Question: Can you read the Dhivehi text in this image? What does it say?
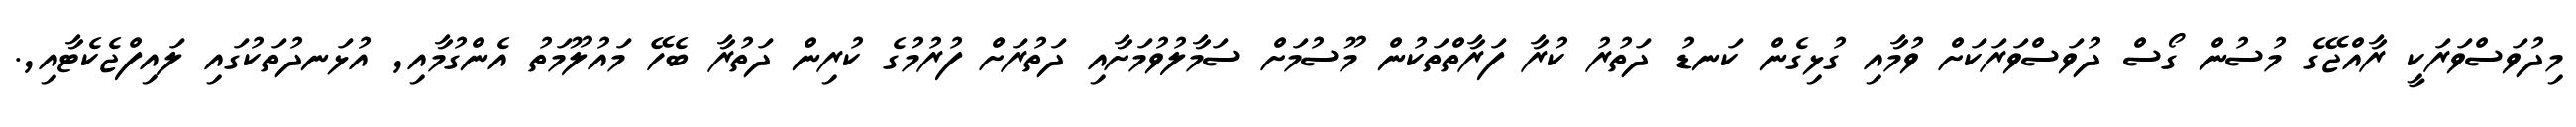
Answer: މިދުވަސްވަރަކީ ރާއްޖޭގެ މުސުން ގޯސް ދުވަސްވަރަކަށް ވުމާއި ގުޅިގެން ކަނޑު ދަތުރު ކުރާ ފަރާތްތަކުން މޫސުމަށް ސަމާލުވުމަށާއި ދަތުރަށް ފުރުމުގެ ކުރިން ދަތުރާ ބެހޭ މައުލޫމަތު އެންގުމާއި, އުޅަނދުތަކުގައި ލައިފްޖެކެޓާއި,.